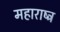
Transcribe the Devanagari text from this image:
महाराष्ट्र